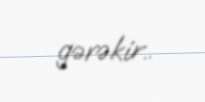
gərəkir..